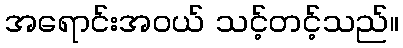
အရောင်းအဝယ် သင့်တင့်သည်။